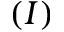
( I )